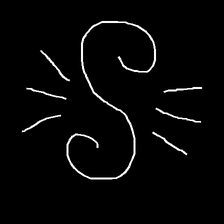
Glyph: wind-directs-air